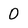
Character: 0